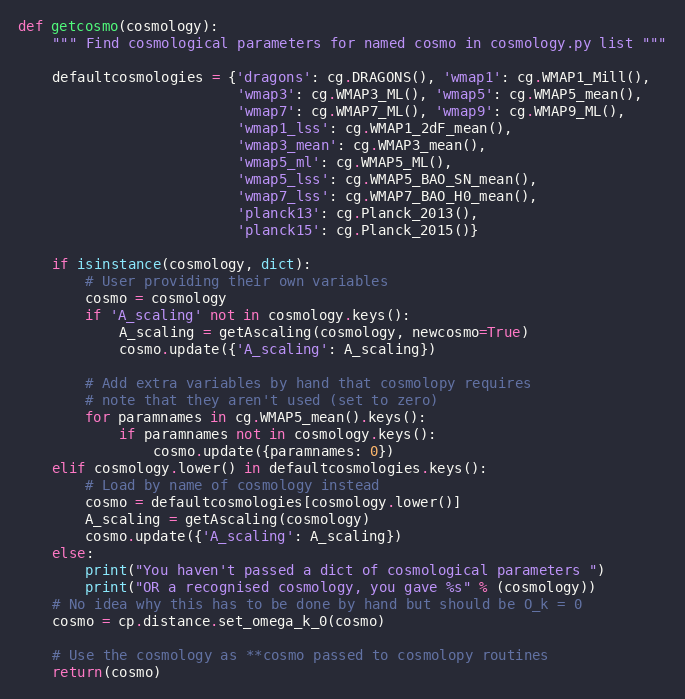
Language: Python
def getcosmo(cosmology):
    """ Find cosmological parameters for named cosmo in cosmology.py list """

    defaultcosmologies = {'dragons': cg.DRAGONS(), 'wmap1': cg.WMAP1_Mill(),
                          'wmap3': cg.WMAP3_ML(), 'wmap5': cg.WMAP5_mean(),
                          'wmap7': cg.WMAP7_ML(), 'wmap9': cg.WMAP9_ML(),
                          'wmap1_lss': cg.WMAP1_2dF_mean(),
                          'wmap3_mean': cg.WMAP3_mean(),
                          'wmap5_ml': cg.WMAP5_ML(),
                          'wmap5_lss': cg.WMAP5_BAO_SN_mean(),
                          'wmap7_lss': cg.WMAP7_BAO_H0_mean(),
                          'planck13': cg.Planck_2013(),
                          'planck15': cg.Planck_2015()}

    if isinstance(cosmology, dict):
        # User providing their own variables
        cosmo = cosmology
        if 'A_scaling' not in cosmology.keys():
            A_scaling = getAscaling(cosmology, newcosmo=True)
            cosmo.update({'A_scaling': A_scaling})

        # Add extra variables by hand that cosmolopy requires
        # note that they aren't used (set to zero)
        for paramnames in cg.WMAP5_mean().keys():
            if paramnames not in cosmology.keys():
                cosmo.update({paramnames: 0})
    elif cosmology.lower() in defaultcosmologies.keys():
        # Load by name of cosmology instead
        cosmo = defaultcosmologies[cosmology.lower()]
        A_scaling = getAscaling(cosmology)
        cosmo.update({'A_scaling': A_scaling})
    else:
        print("You haven't passed a dict of cosmological parameters ")
        print("OR a recognised cosmology, you gave %s" % (cosmology))
    # No idea why this has to be done by hand but should be O_k = 0
    cosmo = cp.distance.set_omega_k_0(cosmo)

    # Use the cosmology as **cosmo passed to cosmolopy routines
    return(cosmo)